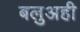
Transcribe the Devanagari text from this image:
बलुअही